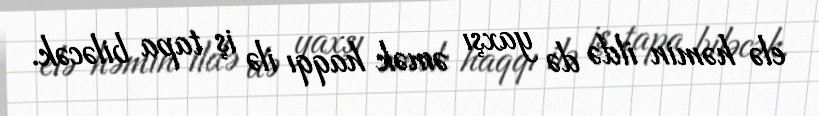
elə həmin ildə də yaxşı əmək haqqı ilə iş tapa biləcək.